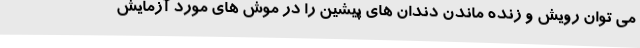
می توان رویش و زنده ماندن دندان های پیشین را در موش های مورد آزمایش